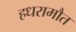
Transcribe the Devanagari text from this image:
हधरामौत